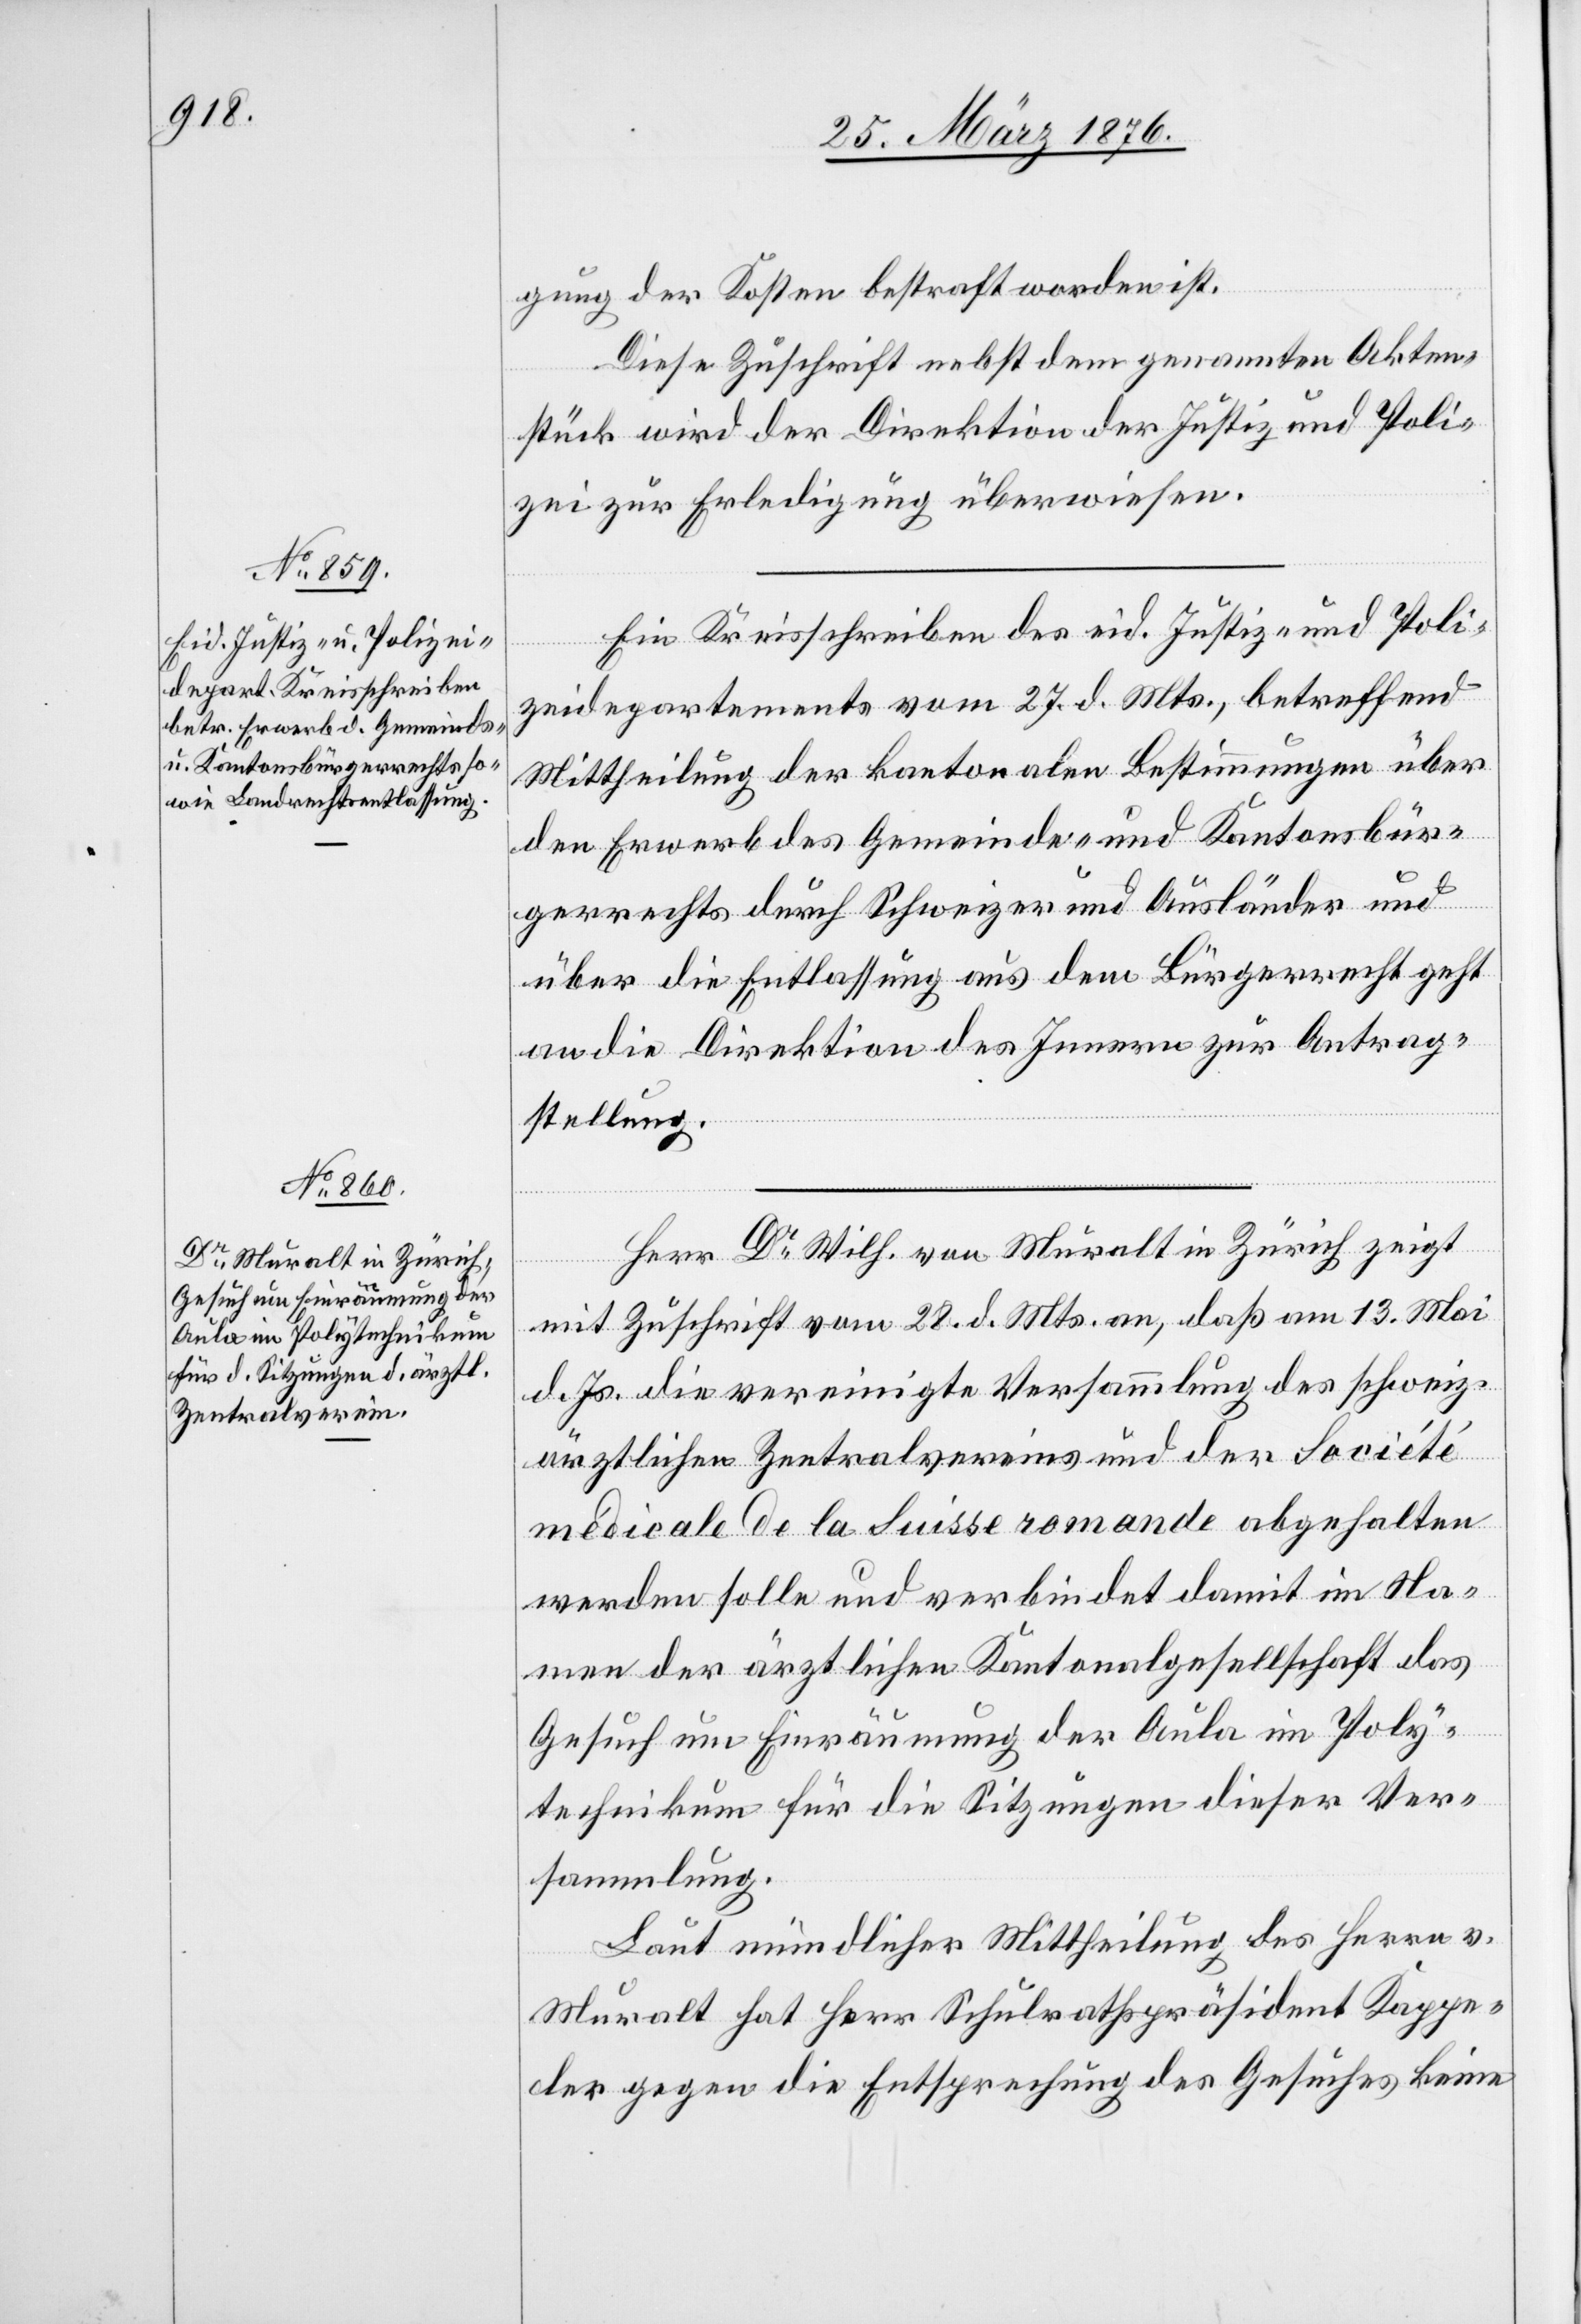
30. März 1876.]
gung der Kosten bestraft worden ist.
Diese Zuschrift nebst dem genannten Akten¬
stück wird der Direktion der Justiz und Poli¬
zei zur Erledigung überwiesen.
Ein Kreisschreiben des eid. Justiz- und Poli¬
zeidepartements vom 27. d. Mts., betreffend
Mittheilung der kantonalen Bestimmungen über
den Erwerb des Gemeinde- und Kantonsbür¬
gerrechts durch Schweizer und Ausländer und
über die Entlassung aus dem Bürgerrecht geht
an die Direktion des Innern zur Antrag¬
stellung.
Herr Dr Wilh. von Muralt in Zürich zeigt
mit Zuschrift vom 28. d. Mts. an, daß am 13. Mai
d. Js. die vereinigte Versammlung des schweiz.
ärztlichen Zentralvereins und der Société
médicale de la Suisse romande abgehalten
werden solle und verbindet damit im Na¬
men der ärztlichen Kantonalgesellschaft das
Gesuch um Einräumung der Aula im Poly¬
technikum für die Sitzungen dieser Ver¬
sammlung.
Laut mündlicher Mittheilung des Herrn v.
Muralt hat Herr Schulrathspräsident Kappe¬
ler gegen die Entsprechung des Gesuches keine